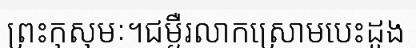
ព្រះកុសុមៈ។ជម្ងឺរលាកស្រោមបេះដូង